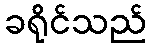
ခရိုင်သည်